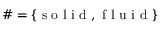
\# = \{ \mathrm { ~ s ~ o ~ l ~ i ~ d ~ } , \mathrm { ~ f ~ l ~ u ~ i ~ d ~ } \}